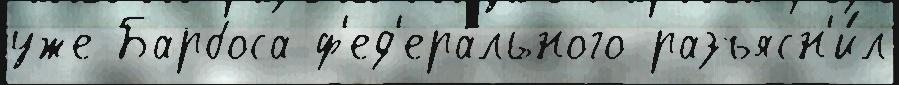
уже Барбоса ф'ед'ера́льного разъясн'и́л